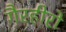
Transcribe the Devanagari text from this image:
गैरहीरो